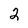
Character: 2